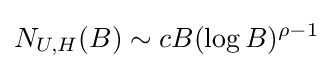
N_{U,H}(B)\sim cB(\log B)^{\rho -1}